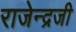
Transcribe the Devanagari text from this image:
राजेन्द्रजी